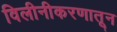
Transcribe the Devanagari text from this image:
विलीनीकरणातून